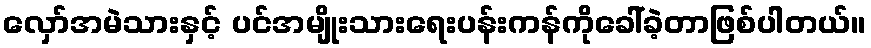
လှော်အမဲသားနှင့် ပင်အမျိုးသားရေးပန်းကန်ကိုခေါ်ခဲ့တာဖြစ်ပါတယ်။